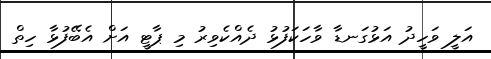
އަލީ ވަހީދު އަޅުގަނޑާ ވާހަކަފުޅު ދެއްކެވިރު މި ޕާޓީ އަށް އެބޭފުޅާ ހިތް